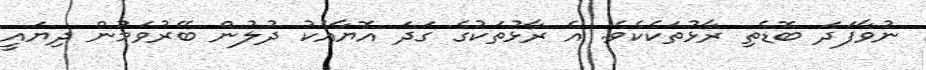
ނުވާފަދަ ބޮޑެތި ރާޅުތަކެކެވެ. އެ ރާޅުތަކުގެ ގަދަ އޮޔާއެކު ދުލުން ބޭރުވަމުން ދިޔައީ